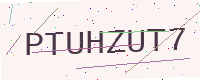
Text: PTUHZUT7